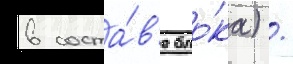
в соста́в'е бло́ка) /